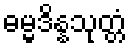
ဓမ္မဒိန္နသုတ္တံ